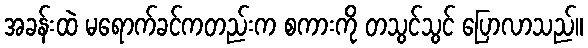
အခန်းထဲ မရောက်ခင်ကတည်းက စကားကို တသွင်သွင် ပြောလာသည်။